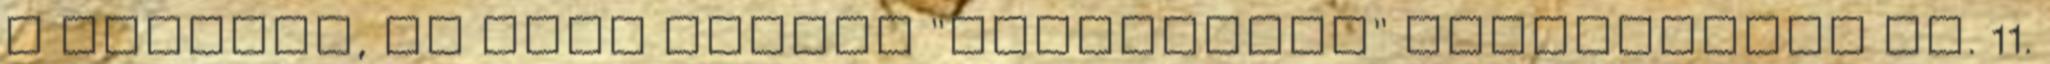
a kezembe, de kell lennie "gyalogsági" változatnak is. 11.